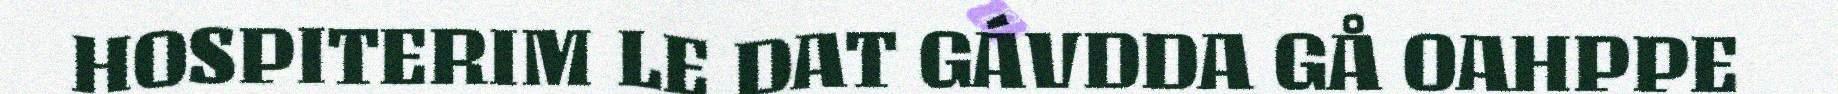
HOSPITERIM LE DAT GÁVDDA GÅ OAHPPE